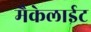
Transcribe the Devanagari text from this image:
मैकेलाईट